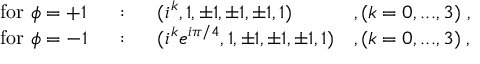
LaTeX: \begin{array} { l l l l } { { \mathrm { f o r ~ } \phi = + 1 } } & { { ~ : ~ } } & { { ( i ^ { k } , 1 , \pm 1 , \pm 1 , \pm 1 , 1 ) } } & { { , ( k = 0 , . . . , 3 ) ~ , } } \\ { { \mathrm { f o r ~ } \phi = - 1 } } & { { ~ : ~ } } & { { ( i ^ { k } e ^ { i \pi / 4 } , 1 , \pm 1 , \pm 1 , \pm 1 , 1 ) } } & { { , ( k = 0 , . . . , 3 ) \; , } } \end{array}